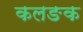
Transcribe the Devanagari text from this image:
कलङक